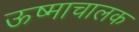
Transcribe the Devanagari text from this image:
ऊष्माचालक